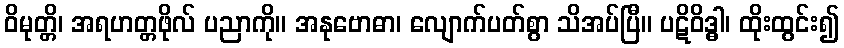
ဝိမုတ္တိ၊ အရဟတ္တဖိုလ် ပညာကို။ အနုဗောဓာ၊ လျောက်ပတ်စွာ သိအပ်ပြီ။ ပဋိဝိဒ္ဓါ၊ ထိုးထွင်း၍